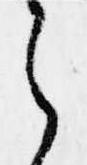
ら